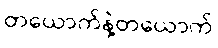
တယောက်နဲ့တယောက်